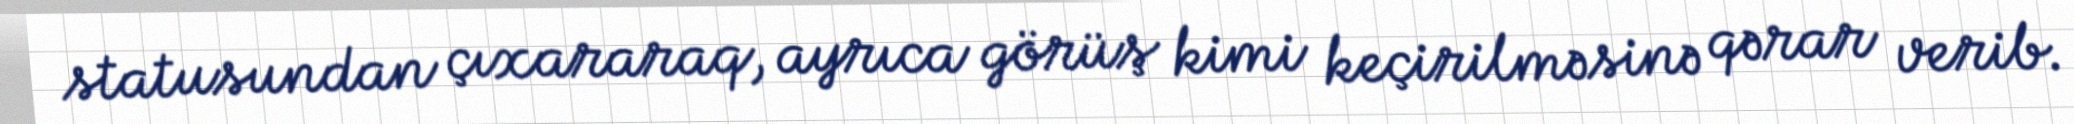
statusundan çıxararaq, ayrıca görüş kimi keçirilməsinə qərar verib.